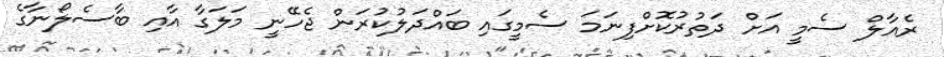
ރެއާލް ސެމީ އަށް ދަތުރުކޮށްފިނަމަ ސެމީގައި ބައްދަލުކުރަން ޖެހޭނީ މަލަގާ އާއި ބާސެލޯނާގެ